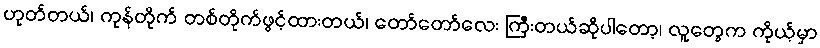
ဟုတ်တယ်၊ ကုန်တိုက် တစ်တိုက်ဖွင့်ထားတယ်၊ တော်တော်လေး ကြီးတယ်ဆိုပါတော့၊ လူတွေက ကိုယ့်မှာ